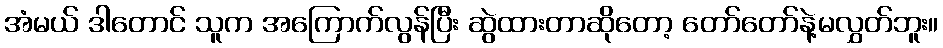
အံမယ် ဒါတောင် သူက အကြောက်လွန်ပြီး ဆွဲထားတာဆိုတော့ တော်တော်နဲ့မလွှတ်ဘူး။